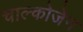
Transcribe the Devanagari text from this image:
चाल्कोजेन